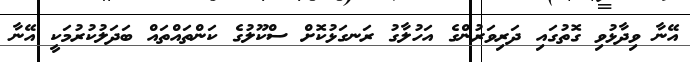
އޭނާ ވިދާޅުވި ގޮތުގައި ދަރިވަރުންގެ އަހުލާގު ރަނގަޅުކޮށް ސްކޫލުގެ ކަންތައްތައް ބަދަލުކުރުމަކީ އޭނާ